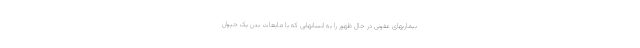
بیماریهای عفونی در حال ظهور را به انسانهایی که با مایعات بدن یک حیوان